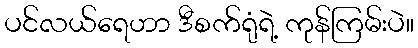
ပင်လယ်ရေဟာ ဒီစက်ရုံရဲ့ ကုန်ကြမ်းပဲ။